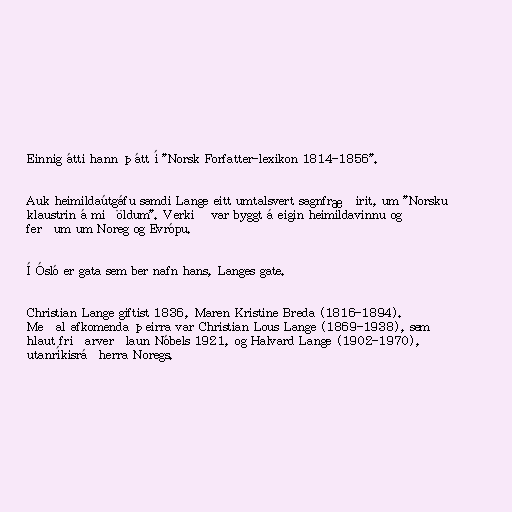
Einnig átti hann þátt í "Norsk Forfatter-lexikon 1814-1856".

Auk heimildaútgáfu samdi Lange eitt umtalsvert sagnfræðirit, um "Norsku
klaustrin á miðöldum". Verkið var byggt á eigin heimildavinnu og
ferðum um Noreg og Evrópu.

Í Ósló er gata sem ber nafn hans, Langes gate.

Christian Lange giftist 1836, Maren Kristine Breda (1816-1894).
Meðal afkomenda þeirra var Christian Lous Lange (1869-1938), sem
hlaut friðarverðlaun Nóbels 1921, og Halvard Lange (1902-1970),
utanríkisráðherra Noregs.